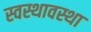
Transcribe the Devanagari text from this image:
स्वस्थावस्था